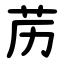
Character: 苈